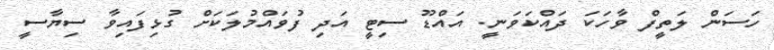
ހަސަން ލަތީފް ވާހަކަ ދައްކަވަނީ. އައްޑޫ ސިޓީ އަދި ފުވައްމުލަކަށް ގުޅިފައިވާ ސިޔާސީ